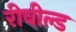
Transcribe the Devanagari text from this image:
रीवील्ड